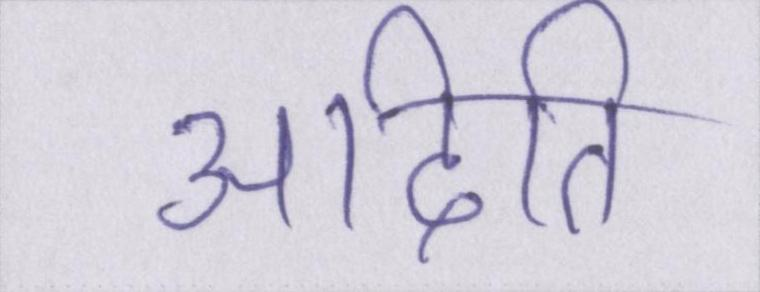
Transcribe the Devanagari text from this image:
अदिति